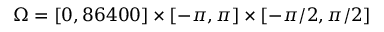
\Omega = [ 0 , 8 6 4 0 0 ] \times [ - \pi , \pi ] \times [ - \pi / 2 , \pi / 2 ]